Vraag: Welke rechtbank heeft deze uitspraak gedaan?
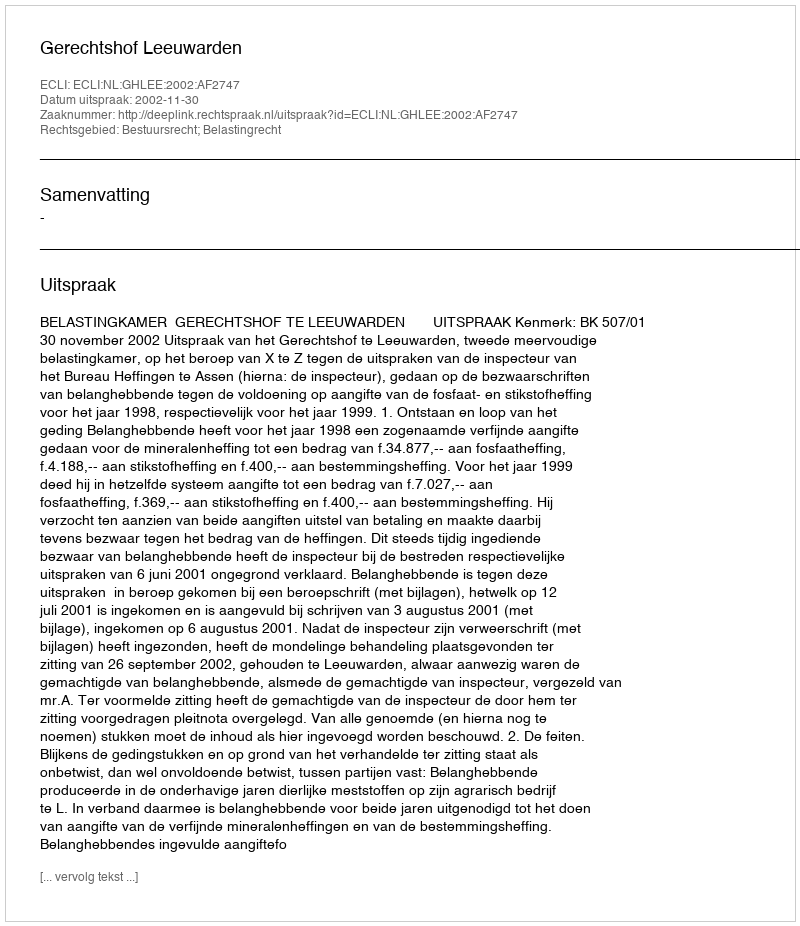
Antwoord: Gerechtshof Leeuwarden